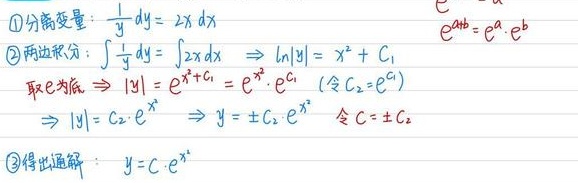
\textcircled{1}分离变量：\(\frac{1}{y} \mathrm{d}y = 2x \mathrm{d}x\)
\textcircled{2}两边积分：\(\int \frac{1}{y} \mathrm{d}y=\int 2x \mathrm{d}x \Rightarrow \ln|y| = x^{2}+C_{1}\)，取\(e\)为底 \(\Rightarrow |y| = e^{x^{2}+C_{1}}=e^{x^{2}}\cdot e^{C_{1}}\) （令\(C_{2}=e^{C_{1}}\)）\(\Rightarrow |y| = C_{2}\cdot e^{x^{2}} \Rightarrow y=\pm C_{2}\cdot e^{x^{2}}\) ，令\(C = \pm C_{2}\)
\textcircled{3}得出通解：\(y = C\cdot e^{x^{2}}\)